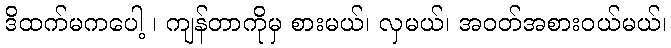
ဒိထက်မကပေါ့ ၊ ကျန်တာကိုမှ စားမယ်၊ လှမယ်၊ အဝတ်အစားဝယ်မယ်၊